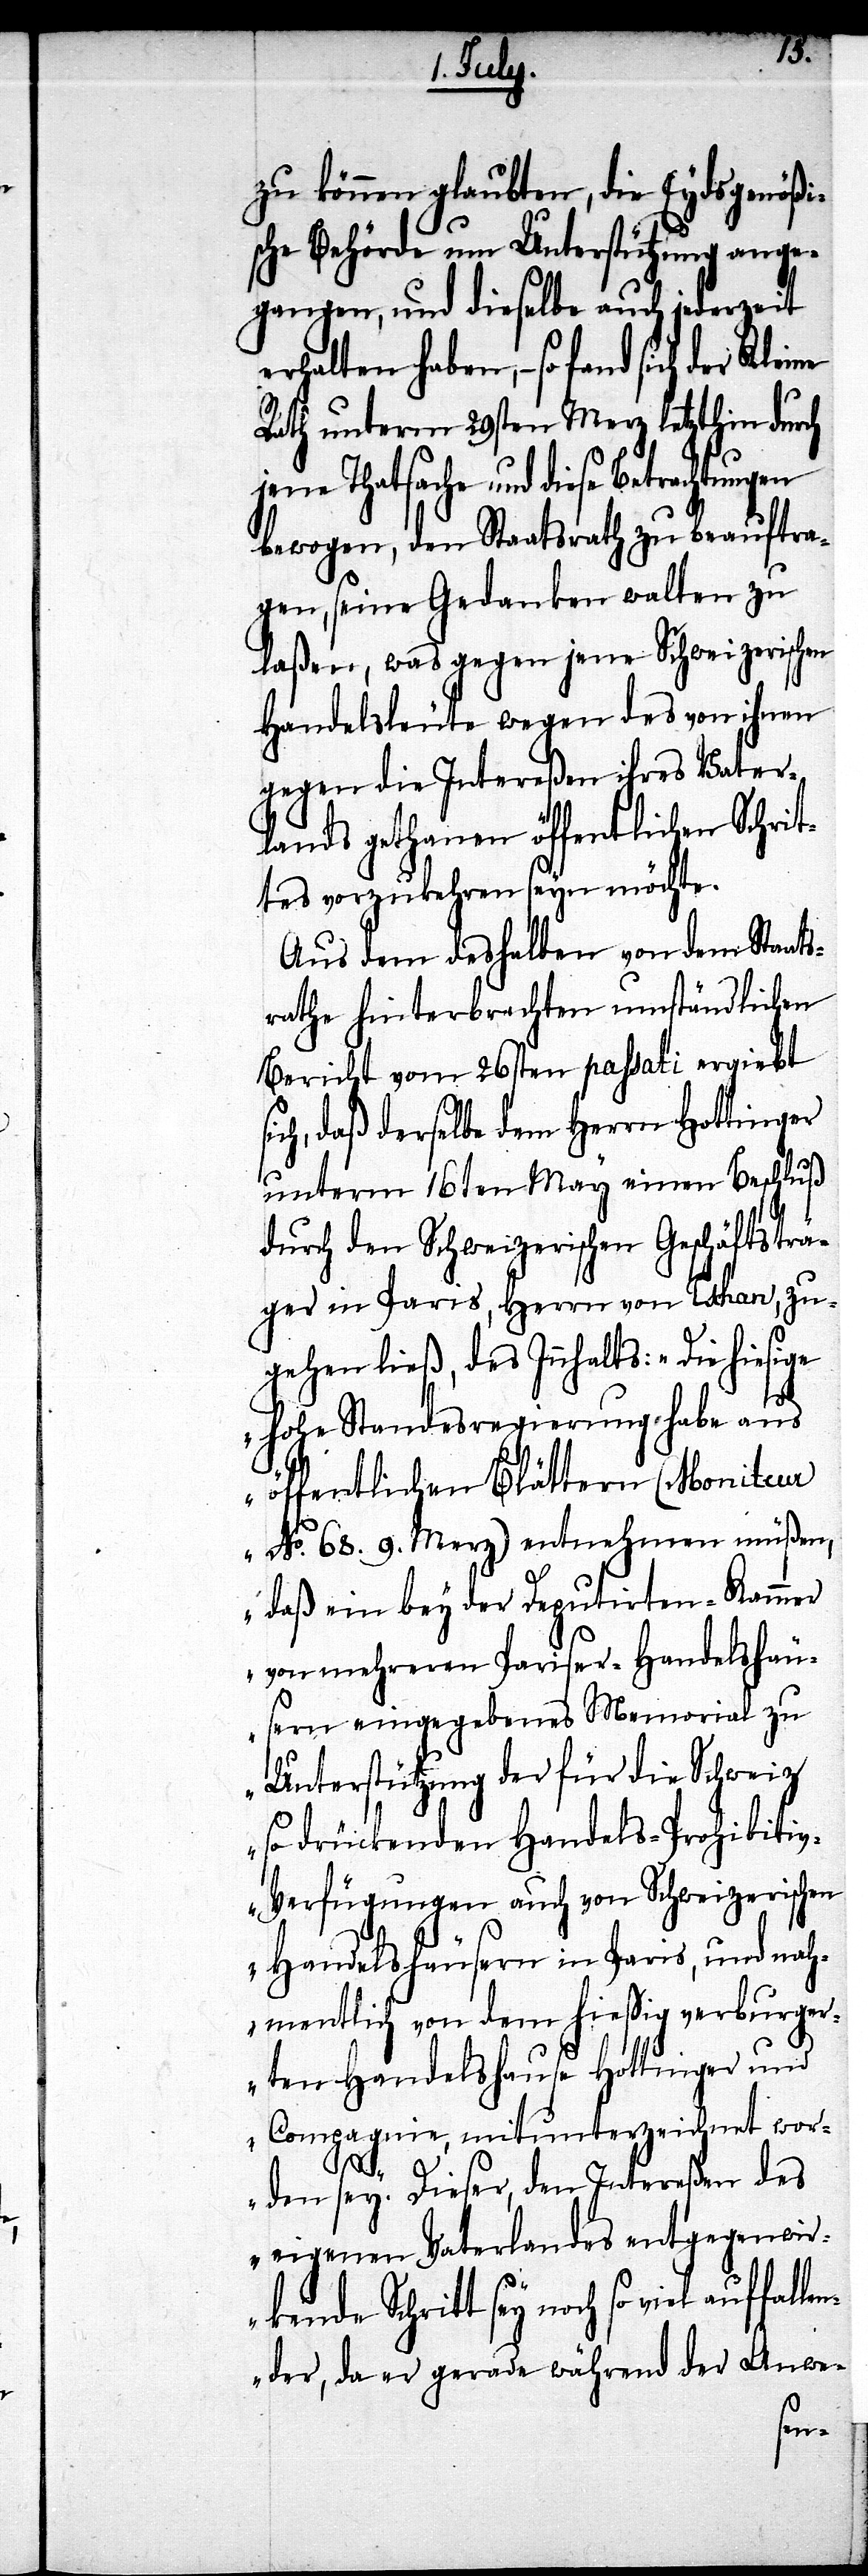
zu können glaubten, die Eydsgenößi¬
sche Behörde um Unterstützung ange¬
gangen, und dieselbe auch jederzeit
erhalten haben, – so fand sich
Rath unterm 29sten Merz letzthin durch
jene Thatsache und diese Betrachtungen
bewogen, den Staatsrath zu beauftra¬
gen, seine Gedanken walten zu
laßen, was gegen jene Schweizerischen
Handelsleute wegen des von ihnen
gegen die Intereßen ihres Vater¬
lands gethanen öffentlichen Schrit¬
tes vorzukehren seyn möchte.
Aus dem deshalben von dem Staats¬
rathe hinterbrachten umständlichen
Bericht vom 26sten passati ergiebt
ich, daß derselbe dem Herrn Hottinger
unterm 16ten May einen Beschluß
durch den Schweizerischen Geschäftsträ¬
ger in Paris, Herrn von Tschan, zu¬
gehen ließ, des Innhalts: „Die hiesige
hohe Standesregierung habe aus
öffentlichen Blättern (Moniteur
No. 68. 9. Merz) entnehmen müßen,
daß ein bey der Deputirten-Kammer
von mehreren Pariser-Handelshäu¬
sern eingegebenes Memorial zu
Unterstützung der für die Schweiz
so drückenden Handels-Prohibiti¬
v-Verfügungen auch von Schweizerischen
Handelshäusern in Paris, und nah¬
mentlich von dem hießig verburg¬
ten Handelshause Hottinger und
Compagnie, mitunterzeichnet wor¬
s¬
den sey. Dieser, den Intereßen des
eigenen Vaterlandes entgegenwir¬
kende Schritt sey noch so viel auffal¬
der, da er gerade während der Anwe-
len¬